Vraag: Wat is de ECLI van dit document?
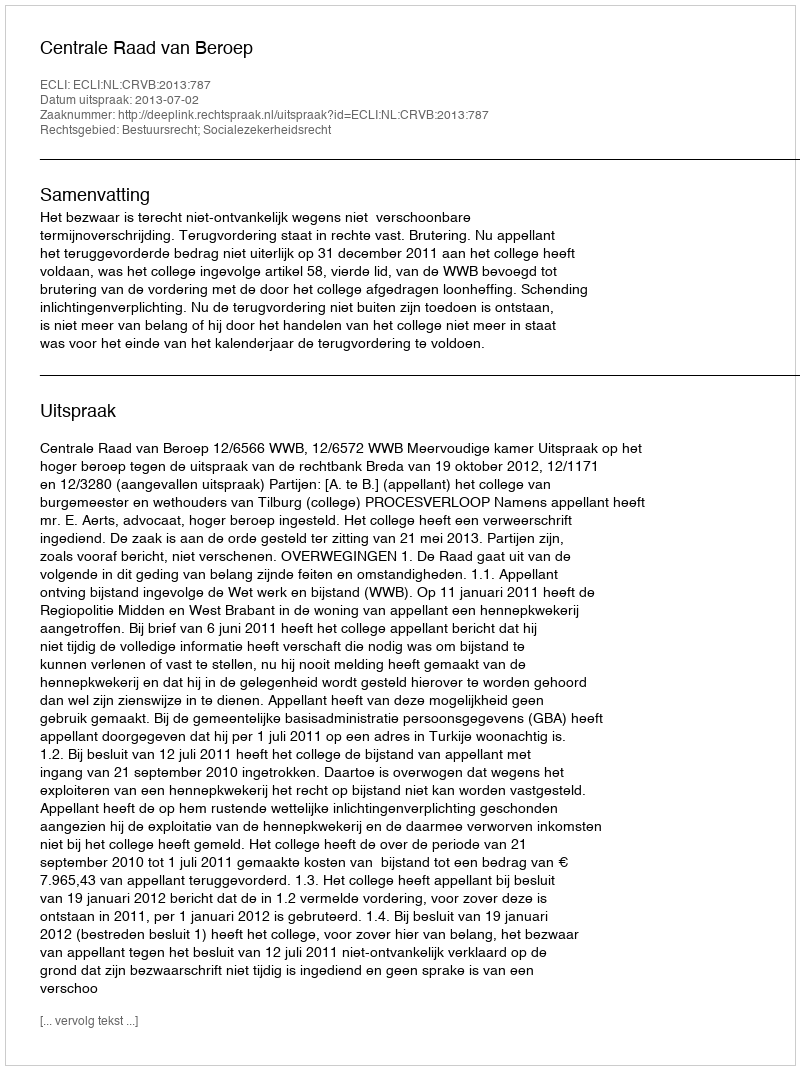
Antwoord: ECLI:NL:CRVB:2013:787